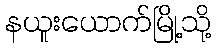
နယူးယောက်မြို့သို့